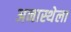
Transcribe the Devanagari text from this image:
अनास्थेला